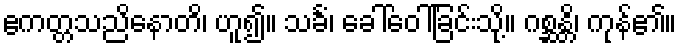
ဧကတ္တသညိနောတိ၊ ဟူ၍။ သင်္ခံ၊ ခေါ်ဝေါ်ခြင်းသို့။ ဂစ္ဆန္တိ၊ ကုန်၏။